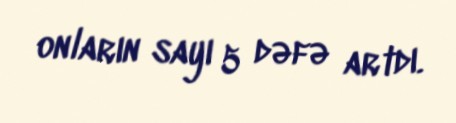
onların sayı 5 dəfə artdı.